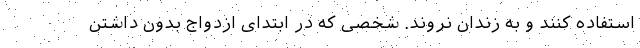
استفاده کنند و به زندان نروند. شخصی که در ابتدای ازدواج بدون داشتن